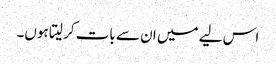
اس لیے میں ان سے بات کر لیتا ہوں۔